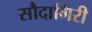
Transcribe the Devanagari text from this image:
सौदागिरी